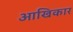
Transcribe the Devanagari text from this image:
आखिकार